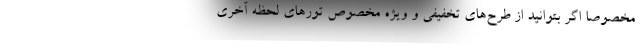
مخصوصا اگر بتوانید از طرح‌های تخفیفی و ویژه مخصوص تورهای لحظه آخری